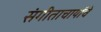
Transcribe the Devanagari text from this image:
संगीताचार्यांचे